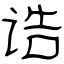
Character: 诰